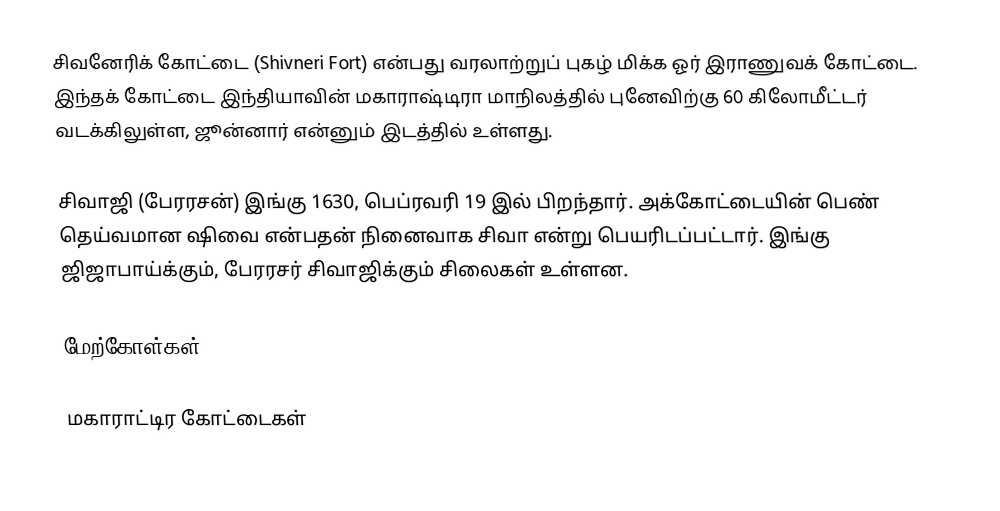
சிவனேரிக் கோட்டை (Shivneri Fort) என்பது வரலாற்றுப் புகழ் மிக்க ஓர் இராணுவக் கோட்டை. இந்தக் கோட்டை இந்தியாவின் மகாராஷ்டிரா மாநிலத்தில் புனேவிற்கு 60 கிலோமீட்டர் வடக்கிலுள்ள, ஜூன்னார் என்னும் இடத்தில் உள்ளது.

சிவாஜி (பேரரசன்) இங்கு 1630, பெப்ரவரி 19 இல் பிறந்தார். அக்கோட்டையின் பெண் தெய்வமான ஷிவை என்பதன் நினைவாக சிவா என்று பெயரிடப்பட்டார். இங்கு ஜிஜாபாய்க்கும், பேரரசர் சிவாஜிக்கும் சிலைகள் உள்ளன.

மேற்கோள்கள்

மகாராட்டிர கோட்டைகள்